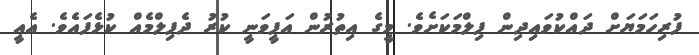
ފުރިހަމަޔަށް ދައްކުވައިދިން ފިލްމަކަށެވެ. މީގެ އިތުރުން އަފީވަނީ ކުރު ދެފިލްމެއް ކުޅެފައެވެ. އެއީ